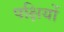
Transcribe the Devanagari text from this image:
पक्षियों